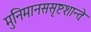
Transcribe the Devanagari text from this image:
मुनिमानससृष्टशान्तेः